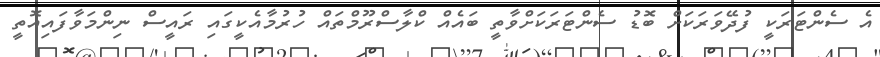
އެ ސެންޓަރަކީ ފުދޭވަރަކަށް ބޮޑު ސެންޓަރަކަށްވާތީ ބައެއް ކްލާސްރޫމްތައް ހުރުމާއެކީގައި ރައީސް ނިންމަވާފައިއޮތީ